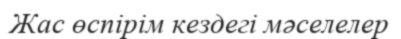
Жас өспірім кездегі мәселелер